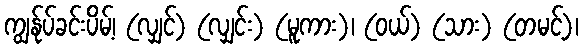
ကျွန်ုပ်ခင်းပိမ့်၊ (လျှင်) (လျှင်း) (မူကား)၊ (ဝယ်) (သား) (တမင့်)၊